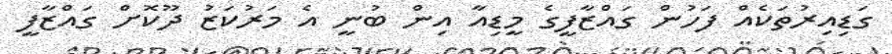
ގަޑިއިރުތަކެއް ފަހުން ގައްޒާފީގެ މީޑިއާ އިން ބުނީ އެ މަރުކަޒު ދޫކޮށް ގައްޒާފީ